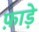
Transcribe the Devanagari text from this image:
फ़ाड़े